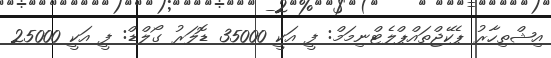
އިޝްތިހާރު ޕެކޭޖްތައްޕްލެޓްނިމަމް: ފީ އަކީ 35000 ޑޮލަރު ގޯލްޑް: ފީ އަކީ 25000